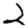
Digit: 2